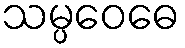
သမ္ပဝေဓေ